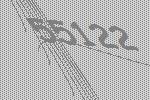
55122